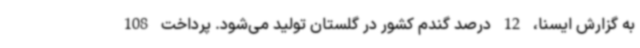
به گزارش ایسنا، 12 درصد گندم کشور در گلستان تولید می‌شود. پرداخت 108